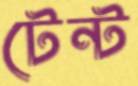
টেন্ট